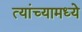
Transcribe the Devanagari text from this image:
त्‍यांच्‍यामध्‍ये